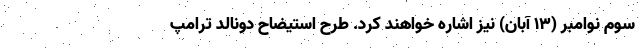
سوم نوامبر (۱۳ آبان) نیز اشاره خواهند کرد. طرح استیضاح دونالد ترامپ